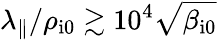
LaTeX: \lambda_{\parallel}/\rho_{\mathrm{i0}}\gtrsim 10^{4}\sqrt{\beta_{\mathrm{i0}}}